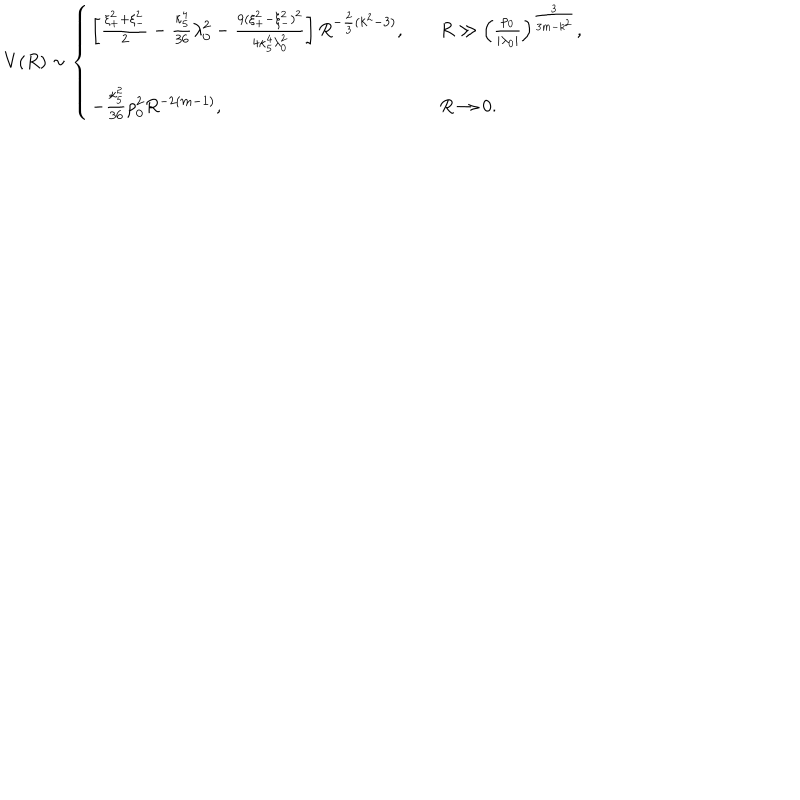
LaTeX: V ( R ) \sim \left\{ \begin{array} { l l l } { { \left[ { \frac { \xi _ { + } ^ { 2 } + \xi _ { - } ^ { 2 } } { 2 } } - { \frac { \kappa _ { 5 } ^ { 4 } } { 3 6 } } \lambda _ { 0 } ^ { 2 } - { \frac { 9 ( \xi _ { + } ^ { 2 } - \xi _ { - } ^ { 2 } ) ^ { 2 } } { 4 \kappa _ { 5 } ^ { 4 } \lambda _ { 0 } ^ { 2 } } } \right] R ^ { - { \frac { 2 } { 3 } } ( k ^ { 2 } - 3 ) } , } } & { { } } & { { R \gg \left( { \frac { \rho _ { 0 } } { | \lambda _ { 0 } | } } \right) ^ { \frac { 3 } { 3 m - k ^ { 2 } } } , } } \\ { { } } & { { } } & { { } } \\ { { - { \frac { \kappa _ { 5 } ^ { 2 } } { 3 6 } } \rho _ { 0 } ^ { 2 } R ^ { - 2 ( m - 1 ) } , } } & { { } } & { { R \rightarrow 0 . } } \\ \end{array} \right.